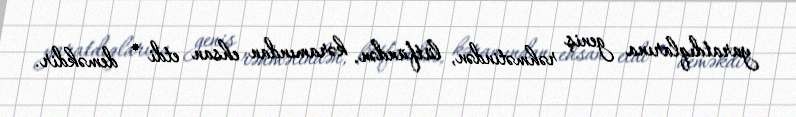
yaratdıqlarına geniş rəhmətindən, lütfündən, kəramından ehsan etdi – deməkdir.